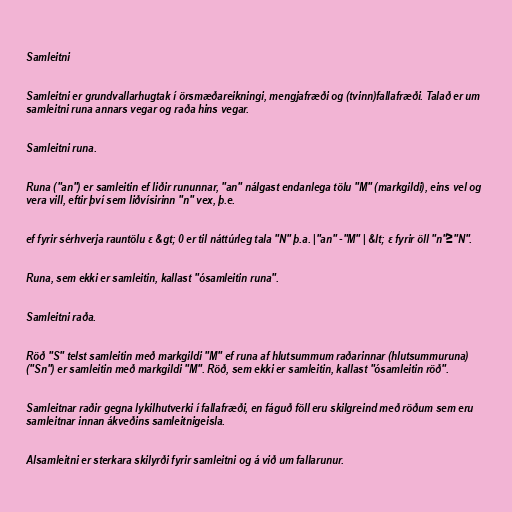
Samleitni

Samleitni er grundvallarhugtak í örsmæðareikningi, mengjafræði og (tvinn)fallafræði. Talað er um
samleitni runa annars vegar og raða hins vegar.

Samleitni runa.

Runa ("an") er samleitin ef liðir rununnar, "an" nálgast endanlega tölu "M" (markgildi), eins vel og
vera vill, eftir því sem liðvísirinn "n" vex, þ.e.

ef fyrir sérhverja rauntölu ε &gt; 0 er til náttúrleg tala "N" þ.a. |"an" -"M" | &lt; ε fyrir öll "n"≥"N".

Runa, sem ekki er samleitin, kallast "ósamleitin runa".

Samleitni raða.

Röð "S" telst samleitin með markgildi "M" ef runa af hlutsummum raðarinnar (hlutsummuruna)
("Sn") er samleitin með markgildi "M". Röð, sem ekki er samleitin, kallast "ósamleitin röð".

Samleitnar raðir gegna lykilhutverki í fallafræði, en fáguð föll eru skilgreind með röðum sem eru
samleitnar innan ákveðins samleitnigeisla.

Alsamleitni er sterkara skilyrði fyrir samleitni og á við um fallarunur.